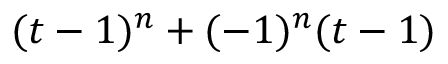
( t - 1 ) ^ { n } + ( - 1 ) ^ { n } ( t - 1 )